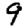
Digit: 9